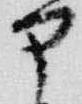
部